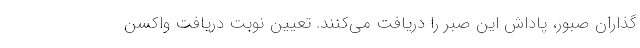
گذاران صبور، پاداش این صبر را دریافت می‌کنند. تعیین نوبت دریافت واکسن